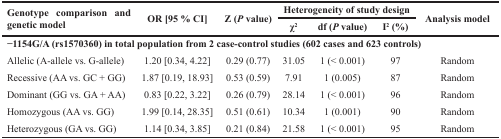
<table><thead><tr><td rowspan="2"><b>Genotype comparison and genetic model</b></td><td rowspan="2"><b>OR [95 % CI]</b></td><td rowspan="2"><b>Z (<i>P</i> value)</b></td><td colspan="3"><b>Heterogeneity of study design</b></td><td rowspan="2"><b>Analysis model</b></td></tr><tr><td><b>χ<sup>2</sup></b></td><td><b>df (<i>P</i> value)</b></td><td><b>I<sup>2</sup>(%)</b></td></tr></thead><tbody><tr><td colspan="7"><b>−1154G/A (rs1570360) in total population from 2 case-control studies (602 cases and 623 controls)</b></td></tr><tr><td>Allelic (A-allele vs. G-allele)</td><td>1.20 [0.34, 4.22]</td><td>0.29 (0.77)</td><td>31.05</td><td>1 (&lt; 0.001)</td><td>97</td><td>Random</td></tr><tr><td>Recessive (AA vs. GC + GG)</td><td>1.87 [0.19, 18.93]</td><td>0.53 (0.59)</td><td>7.91</td><td>1 (0.005)</td><td>87</td><td>Random</td></tr><tr><td>Dominant (GG vs. GA + AA)</td><td>0.83 [0.22, 3.22]</td><td>0.26 (0.79)</td><td>28.14</td><td>1 (&lt; 0.001)</td><td>96</td><td>Random</td></tr><tr><td>Homozygous (AA vs. GG)</td><td>1.99 [0.14, 28.35]</td><td>0.51 (0.61)</td><td>10.34</td><td>1 (0.001)</td><td>90</td><td>Random</td></tr><tr><td>Heterozygous (GA vs. GG)</td><td>1.14 [0.34, 3.85]</td><td>0.21 (0.84)</td><td>21.58</td><td>1 (&lt; 0.001)</td><td>95</td><td>Random</td></tr></tbody></table>